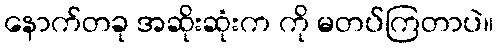
နောက်တခု အဆိုးဆုံးက ကို မတပ်ကြတာပဲ။